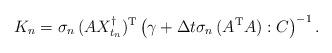
LaTeX: \begin{align*}K_n = \sigma_n \,(AX_{t_n}^\dagger)^{\rm T} \left( \gamma + \Delta t \sigma_n \,(A^{\rm T}A) : C\right)^{-1}.\end{align*}